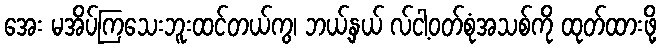
အေး မအိပ်ကြသေးဘူးထင်တယ်ကွ၊ ဘယ့်နှယ် လ်ငါ့ဝတ်စုံအသစ်ကို ထုတ်ထားဖို့